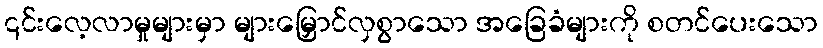
၎င်းလေ့လာမှုများမှာ များမြှောင်လှစွာသော အခြေခံများကို စတင်ပေးသော